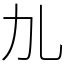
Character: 劜